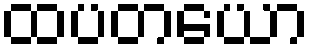
ထပတယော